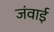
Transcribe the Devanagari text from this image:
जंवाई